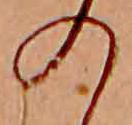
の